Report on plague in the Punjab from October 1st ... to September 30th ..., being the ... season of plague in the province
Disease focus: Plague
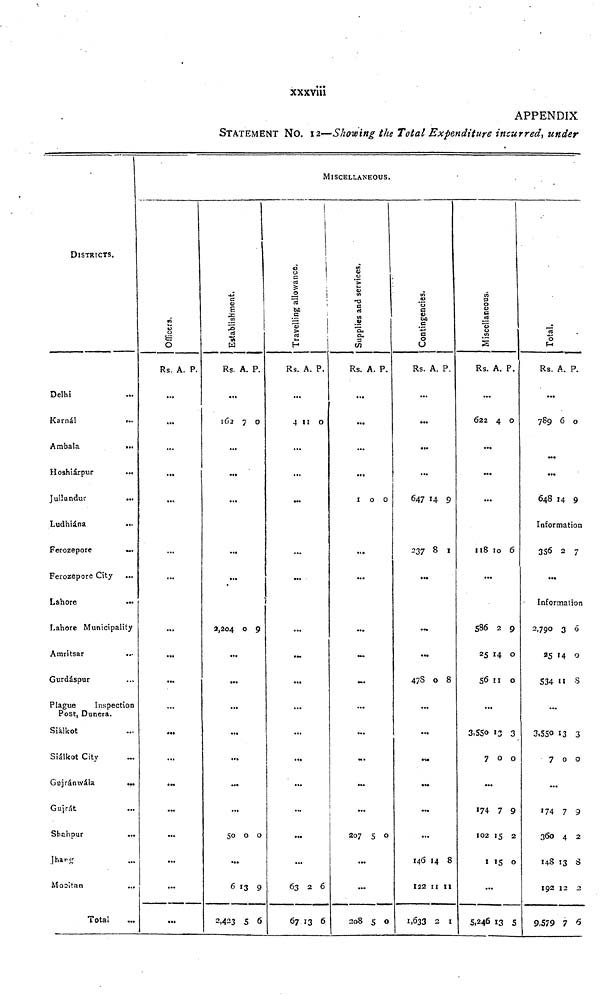
xxxviii
APPENDIX
STATEMENT NO. 12—Showing the Total Expenditure incurred, under
DISTRICTS.
Delhi ...
Karnál ...
Ambala
...
Hoshiárpur
...
Jullundur
...
Ludhiána
...
Ferozepore
...
Ferozepore City ...
Lahore
...
Lahore Municipality
Amritsar ...
Gurdáspur ...
Plague
Inspection
Post, Dunera.
Siàlkot ...
Siáikot City ...
Gujránwála
...
Gujrát ...
Shahpur ...
Jhang ...
Mooitan
...
Total ...
MISCELLANEOUS.
Officers.
Rs.
...
...
...
...
...
...
...
...
...
...
...
...
...
...
...
...
...
...
...
A. P.
Establishment.
Rs.
...
162
...
...
...
...
...
2,204
...
...
...
...
...
...
...
50
...
6
2,423
A.
7
0
0
13
5
P.
0
9
0
9
6
Travelling allowance.
Rs.
...
4
...
...
...
...
...
...
...
...
...
...
...
...
...
...
...
63
67
A.
11
2
13
P.
0
6
6
Supplies and services.
Rs.
...
...
...
...
1
...
...
...
...
...
...
...
...
...
...
207
...
...
208
A.
0
5
5
P.
0
0
0
Contingencies.
Rs.
...
...
...
...
647
237
...
...
• —
...
478
...
...
...
...
...
...
146
122
1,633
A.
14
8
0
14
11
2
P.
9
1
8
8
11
1
Miscellaneous.
Rs.
...
622
...
...
...
118
...
586
25
56
...
3,550
7
...
174
102
1
...
5,246
A.
4
10
2
14
11
13
0
7
15
15
13
P.
0
6
9
0
0
3
0
9
2
0
5
Total.
Rs.
...
789
...
...
648
A.
6
14
P.
0
9
Information
356
...
2 7
Information
2,790
25
534
...
3,550
7
...
174
360
148
192
9,579
3
14
11
13
0
7
4
13
12
7
6
0
8
3
0
9
2
8
2
6